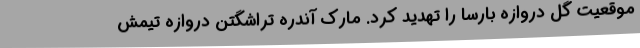
موقعیت گل دروازه بارسا را تهدید کرد. مارک آندره تراشگتن دروازه تیمش